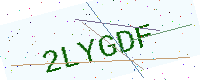
Text: 2LYGDF